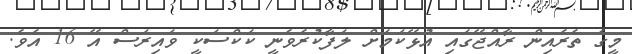
މީގެ ތެރެއިން ރާއްޖޭގައި އުޅޭކަމަށް ލަފާކުރެވެނީ ކަކްސަކީ ވައިރަސް އޭ 16 އެވެ.